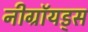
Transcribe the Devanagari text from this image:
नीग्रॉयड्स